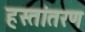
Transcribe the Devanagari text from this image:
हस्‍तांतरण